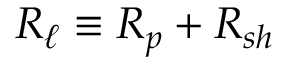
R _ { \ell } \equiv R _ { p } + R _ { s h }